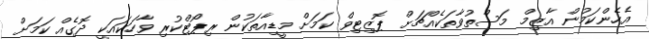
އެހެންކަމުން އާޒިމް މަސްތުވާތަކެއްޗަށް ޕޮޒިޓިވް ކަމަށް މީޑިއާތަކުން ރިޕޯޓްކުރި ވާހަކައަކީ ދޮގެއް ކަމަށް